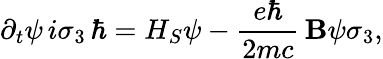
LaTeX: \partial_{t}\psi\, i\sigma_{3}\, \hbar=H_{S}\psi-{\frac{e\hbar}{2mc}}\, \mathbf{B}\psi\sigma_{3},